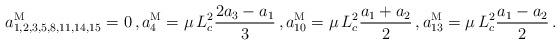
LaTeX: \begin{align*}a^{\rm M}_{1,2,3,5,8,11,14,15} &= 0 \, ,a^{\rm M}_{4} = \mu \, L_c^2 \frac{2a_3-a_1}{3} \, ,a^{\rm M}_{10} = \mu \, L_c^2 \frac{a_1 + a_2}{2} \, ,a^{\rm M}_{13} = \mu \, L_c^2 \frac{a_1 - a_2}{2}\, .\end{align*}